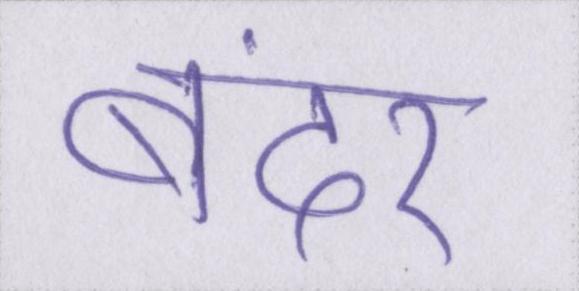
बंदर